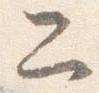
二